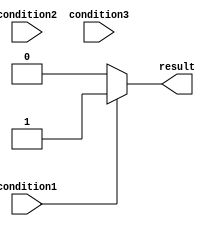
module if_else_example(
    input wire condition1,
    input wire condition2,
    input wire condition3,
    output reg result
);

always @* begin
    if (condition1) begin
        result = 3'b001; //execute corresponding block of code if condition1 is true
    end
    else if (condition2) begin
        result = 3'b010; //execute corresponding block of code if condition2 is true
    end
    else if (condition3) begin
        result = 3'b100; //execute corresponding block of code if condition3 is true
    end
    else begin
        result = 3'b000; //execute default block of code if none of the conditions are true
    end
end

endmodule